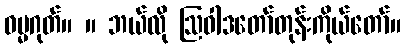
ဓမ္မဂုတ်။ ။ ဘယ်လို ဩဝါဒတော်တုန်းကိုယ်တော်။